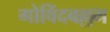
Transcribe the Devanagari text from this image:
गोविंदबल्लभ